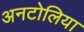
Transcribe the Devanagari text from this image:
अनटोलिया